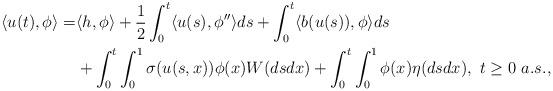
LaTeX: \begin{align*}\langle u(t), \phi\rangle =& \langle h, \phi\rangle +\frac{1}{2}\int_0^t \langle u(s), \phi'' \rangle ds + \int_0^t \langle b(u(s)), \phi \rangle ds\\& + \int_0^t\int_0^1 \sigma(u(s,x))\phi(x)W(dsdx) +\int_0^t\int_0^1 \phi(x)\eta(dsdx), \ t\geq 0 \ a.s.,\end{align*}